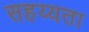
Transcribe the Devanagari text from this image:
सहय्यता